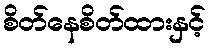
စိတ်နေစိတ်ထားနှင့်